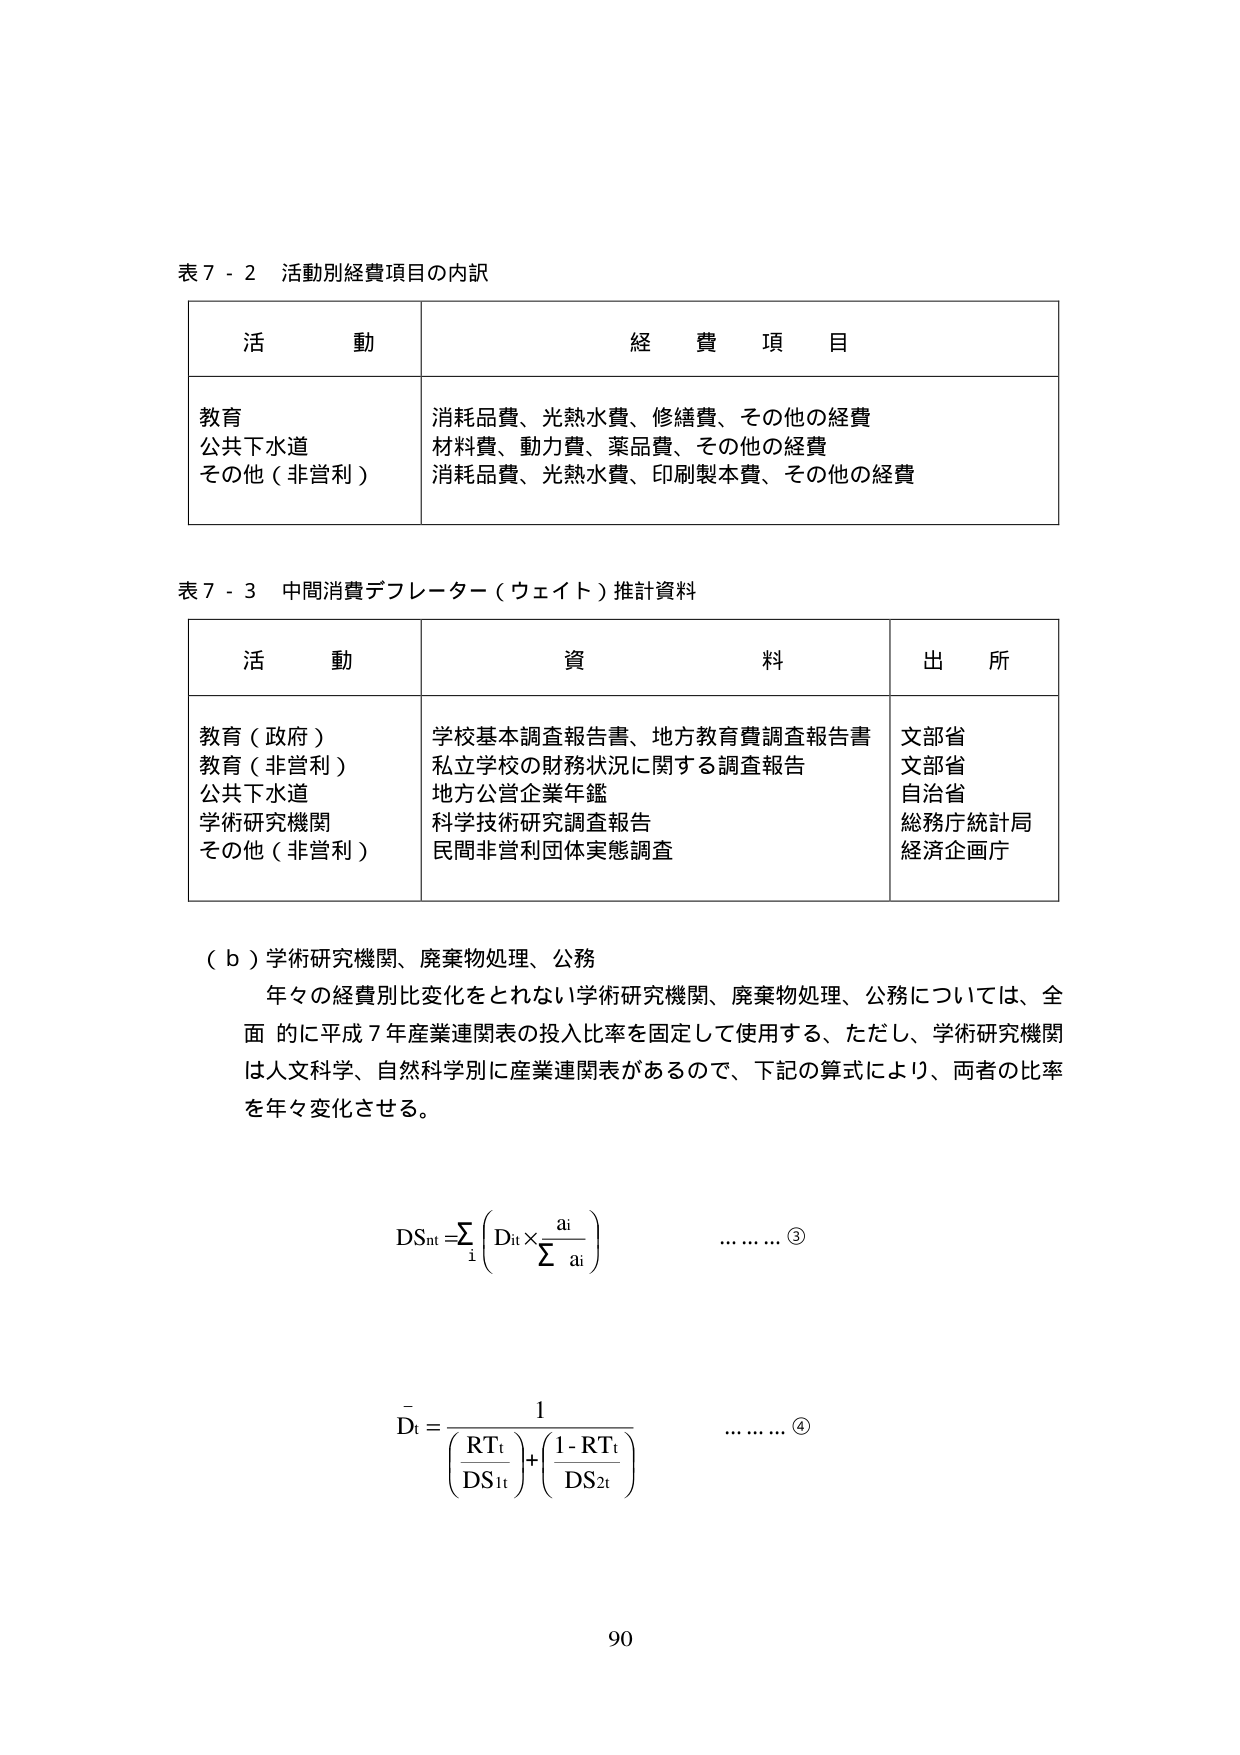
表７－２ 活動別経費項目の内訳

活　動　　　　　　　　　　　　　　　　経　費　項　目

教育　　　　　　　　　　　　　　　　消耗品費、光熱水費、修繕費、その他の経費
公共下水道　　　　　　　　　　　　　材料費、動力費、薬品費、その他の経費
その他（非営利）　　　　　　　　　　消耗品費、光熱水費、印刷製本費、その他の経費

表７－３ 中間消費デフレーター（ウェイト）推計資料

活　動　　　　　　　　　　　　　　　　資　料　　　　　　　　　　　　　　　　出　所

教育（政府）　　　　　　　　　　　　学校基本調査報告書、地方教育費調査報告書　　　文部省
教育（非営利）　　　　　　　　　　　私立学校の財務状況に関する調査報告　　　　文部省
公共下水道　　　　　　　　　　　　　地方公営企業年鑑　　　　　　　　　　　　　自治省
学術研究機関　　　　　　　　　　　　科学技術研究調査報告　　　　　　　　　　　総務庁統計局
その他（非営利）　　　　　　　　　　民間非営利団体実態調査　　　　　　　　　経済企画庁

（ｂ）学術研究機関、廃棄物処理、公務
　　年々の経費別比変化をとれない学術研究機関、廃棄物処理、公務については、全面的に平成７年産業連関表の投入比率を固定して使用する、ただし、学術研究機関は人文科学、自然科学別に産業連関表があるので、下記の算式により、両者の比率を年々変化させる。

DSnt = Σ ( Dit × ai / Σ ai )　　　　　　　　　　　　　………③

Dt = 1 / [ (RTt / DS1t) + ( (1 - RTt) / DS2t ) ]　　　………④

90